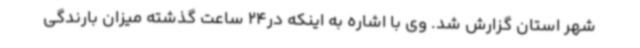
شهر استان گزارش شد. وی با اشاره به اینکه در24 ساعت گذشته میزان بارندگی